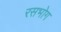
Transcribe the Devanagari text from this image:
रसभोग